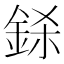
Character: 𨦅